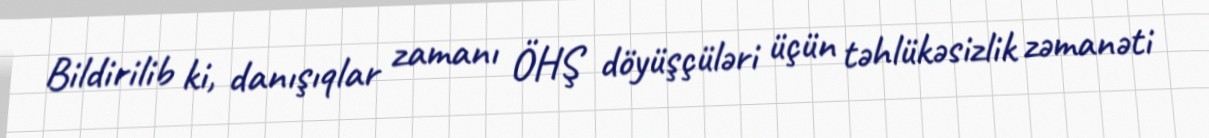
Bildirilib ki, danışıqlar zamanı ÖHŞ döyüşçüləri üçün təhlükəsizlik zəmanəti